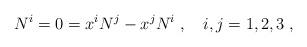
LaTeX: \begin{align*}N^i = 0 = x^i N^j - x^j N^i \; , \quad i,j = 1,2,3 \; ,\end{align*}